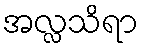
အလ္လသိရာ